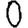
Digit: 0